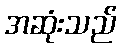
အဆုံးသည်